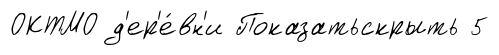
ОКТМО д'ер'е́вн'и Показатьскрыть 5